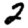
Digit: 2